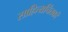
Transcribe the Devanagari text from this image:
साहित्यचिंतकों